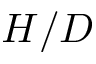
H / D